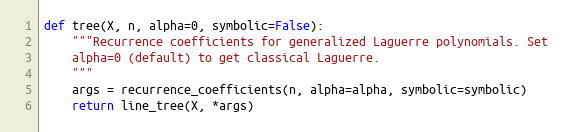
Language: Python
def tree(X, n, alpha=0, symbolic=False):
    """Recurrence coefficients for generalized Laguerre polynomials. Set
    alpha=0 (default) to get classical Laguerre.
    """
    args = recurrence_coefficients(n, alpha=alpha, symbolic=symbolic)
    return line_tree(X, *args)